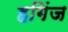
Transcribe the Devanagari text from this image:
हगिंज